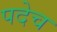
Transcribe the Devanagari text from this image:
पदेच